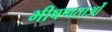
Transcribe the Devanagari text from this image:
भीषणताओं